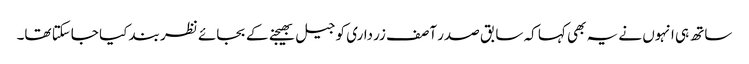
ساتھ ہی انہوں نے یہ بھی کہا کہ سابق صدر آصف زرداری کو جیل بھیجنے کے بجائے نظر بند کیا جاسکتا تھا۔